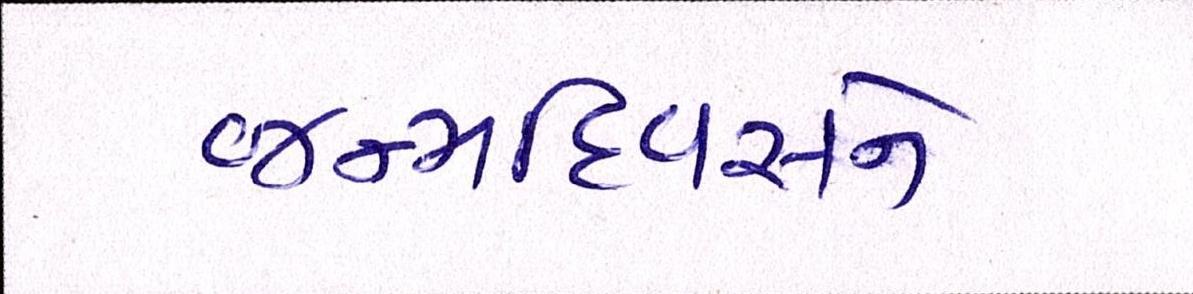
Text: જન્મદિવસને